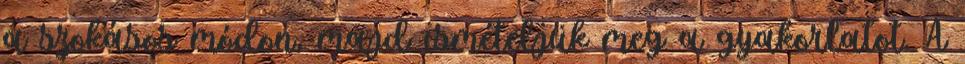
a szokásos módon, majd ismételjük meg a gyakorlatot. A